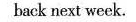
back next week.